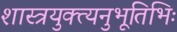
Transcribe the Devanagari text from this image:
शास्त्रयुक्त्यनुभूतिभिः